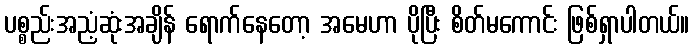
ပစ္စည်းအညံ့ဆုံးအချိန် ရောက်နေတော့ အမေဟာ ပိုပြီး စိတ်မကောင်း ဖြစ်ရှာပါတယ်။